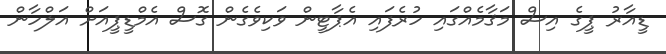
ޑީއާރު ޕީގެ އިސް މަޤާމެއްގައި ހުރެފައި އެޕާޓީން ވަކިވެގެން ގޮސް އެމްޑީޕީއަށް އަލްހާން